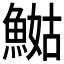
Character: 𲌺